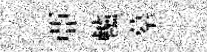
亞轤摹